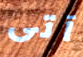
آتى